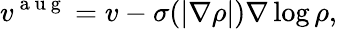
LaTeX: v^{\mathrm{~a~u~g~}}=v-\sigma(|\nabla\rho|)\nabla\log\rho,